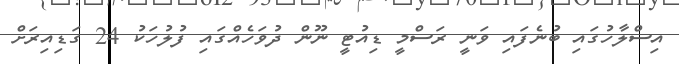
އިސްލާހުގައި ބުނެފައި ވަނީ ރަސްމީ ޑިއުޓީ ނޫން ދުވަހެއްގައި ފުލުހަކު 24 ގަޑިއިރަށް